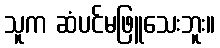
သူက ဆံပင်မဖြူသေးဘူး။